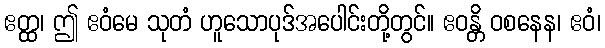
ဧတ္ထ၊ ဤ ဧဝံမေ သုတံ ဟူသောပုဒ်အပေါင်းတို့တွင်။ ဧဝန္တိ ဝစနေန၊ ဧဝံ၊